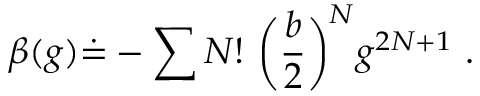
\beta ( g ) \dot { = } - \sum N ! ~ \biggl ( { \frac { b } { 2 } } \biggr ) ^ { N } g ^ { 2 N + 1 } ~ .